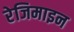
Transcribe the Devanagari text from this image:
रेजिमाइन